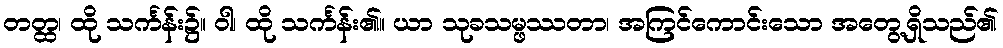
တတ္ထ၊ ထို သင်္ကန်း၌။ ဝါ၊ ထို သင်္ကန်း၏။ ယာ သုခသမ္ဖဿတာ၊ အကြင်ကောင်းသော အတွေ့ရှိသည်၏